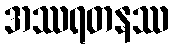
အဿရတနဿ